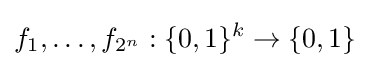
f_{1},\dots ,f_{2^{n}}:\{0,1\}^{k}\to \{0,1\}